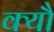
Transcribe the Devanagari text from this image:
क्यौ